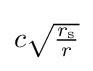
{\textstyle c{\sqrt {\frac {r_{\text{s}}}{r}}}}